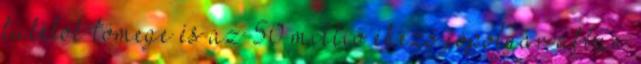
túlélők tömege és az 50 millió éhező jópolgár abban